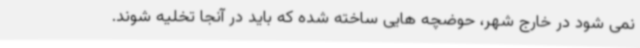
نمی شود در خارج شهر، حوضچه هایی ساخته شده که باید در آنجا تخلیه شوند.